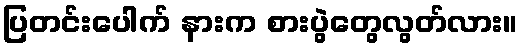
ပြတင်းပေါက် နားက စားပွဲတွေလွတ်လား။